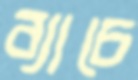
ব্যাচে